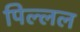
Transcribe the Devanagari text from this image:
पिल्लल